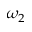
\omega _ { 2 }